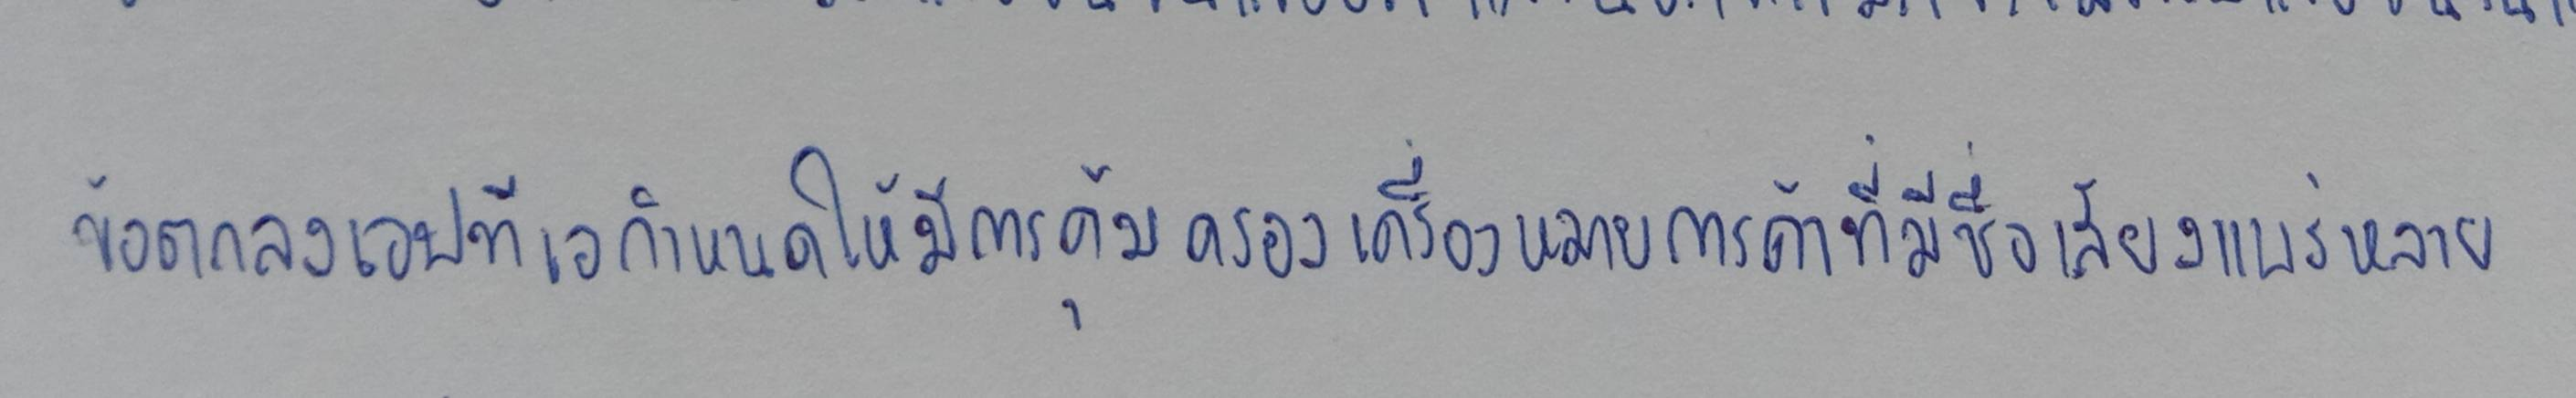
ข้อตกลงเอฟทีเอกำหนดให้มีการคุ้มครองเครื่องหมายการค้าที่มีชื่อเสียงแพร่หลาย